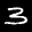
Label: 3